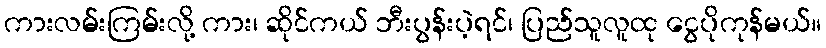
ကားလမ်းကြမ်းလို့ ကား၊ ဆိုင်ကယ် ဘီးပွန်းပဲ့ရင်၊ ပြည်သူလူထု ငွေပိုကုန်မယ်။